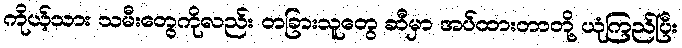
ကိုယ့်သား သမီးတွေကိုလည်း တခြားသူတွေ ဆီမှာ အပ်ထားတာတို့ ယုံကြည်ပြီး